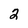
Character: 2